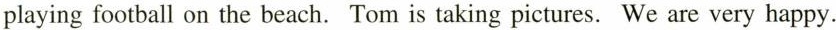
playing football on the beach. Tom is taking pictures. We are very happy.